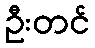
ဦးတင်